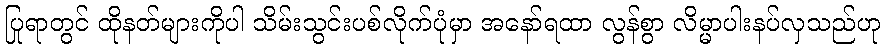
ပြုရာတွင် ထိုနတ်များကိုပါ သိမ်းသွင်းပစ်လိုက်ပုံမှာ အနော်ရထာ လွန်စွာ လိမ္မာပါးနပ်လှသည်ဟု